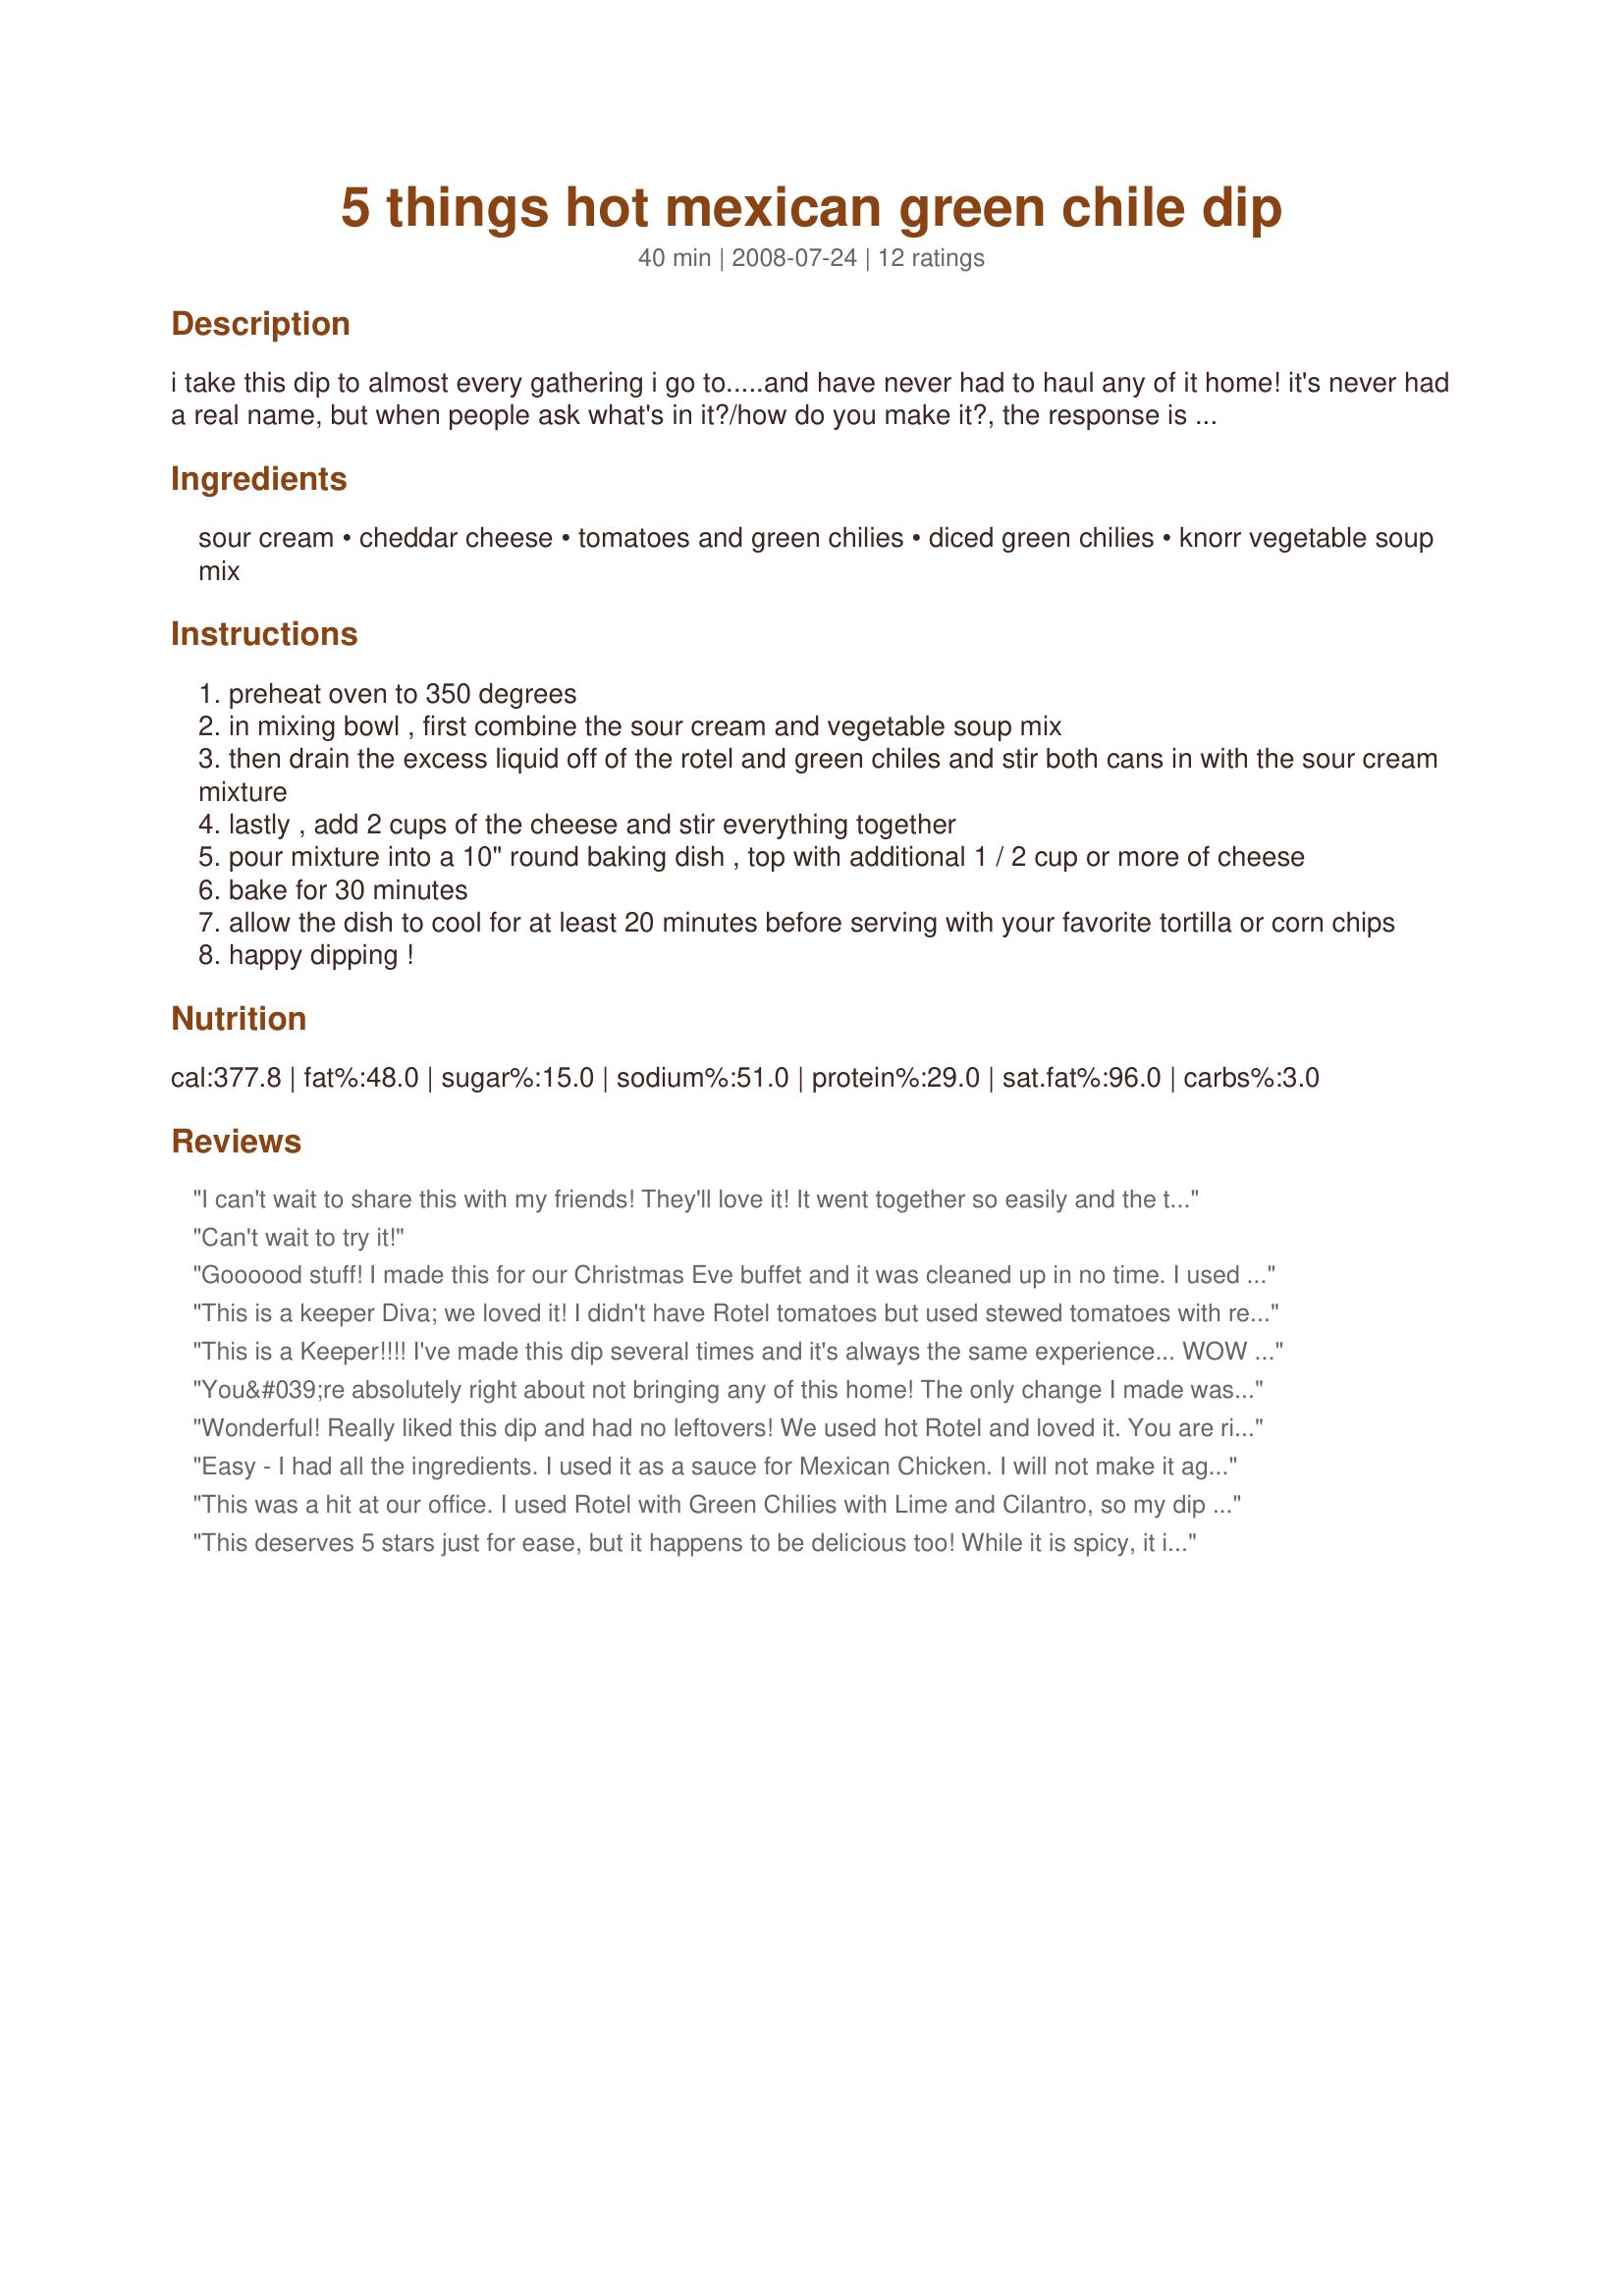
5 things hot mexican green chile dip
Preparation time: 40 minutes

i take this dip to almost every gathering i go to.....and have never had to haul any of it home! it's never had a real name, but when people ask what's in it?/how do you make it?, the response is always the same: "it's so easy. five things and stir!".

you can actually add additional items like diced jalapenos, sliced black olives, etc to make it your own.....but the basic recipe is always a hit! i use the extra hot rotel to kick it up, but for those who prefer milder flavor, you can use the regular or even 'mild' rotel. i do highly recommend rotel (rather than any other brand of diced tomatoes w/chilis)...there's just something about the flavor that's very unique. enjoy!

Ingredients:
sour cream, cheddar cheese, tomatoes and green chilies, diced green chilies, knorr vegetable soup mix

Steps:
preheat oven to 350 degrees
in mixing bowl , first combine the sour cream and vegetable soup mix
then drain the excess liquid off of the rotel and green chiles and stir both cans in with the sour cream mixture
lastly , add 2 cups of the cheese and stir everything together
pour mixture into a 10" round baking dish , top with additional 1 / 2 cup or more of cheese
bake for 30 minutes
allow the dish to cool for at least 20 minutes before serving with your favorite tortilla or corn chips
happy dipping !

Reviews:
I can't wait to share this with my friends! They'll love it! It went together so easily and the taste was outstanding! I may add jalapenos or black olives next time, but wanted to try the recipe as written this time! Thanks, FolkDiva, for sharing!
Can't wait to try it!
Goooood stuff! I made this for our Christmas Eve buffet and it was cleaned up in no time. I used lite sour cream and cheese, too! My guests were looking for more. Thanks FolkDiva!
This is a keeper Diva; we loved it! I didn't have Rotel tomatoes but used stewed tomatoes with red pepper;it came out excellent. I cut the recipe in 1/2 for the 2 of us and served it for supper. I baked them in individuals ramequins, set them in a basket surrounded with Multigrain rounds tortillas. It was a fun meal. I added a few picture as the preparation progressed.I will add this to my Cookbook Best of Zaar. Thanks so much for posting; you made my husband VERY happy.
Made this for ZWT5.
Rita
This is a Keeper!!!! I've made this dip several times and it's always the same experience... WOW can I have this recipe before I go.It always pleases and is so easy to make so if your looking for something to bring on the compliments give this dip a try!!! And enjoy!!!
You&#039;re absolutely right about not bringing any of this home! The only change I made was to use low-fat sour cream to try to cut down the calories a tad. Everyone loved it and lots of folks wanted the recipe. By the way, either use a particularly strong tortilla chip or go for some kind of cracker -- the more flimsy chips won&#039;t survive the dipping!
Wonderful! Really liked this dip and had no leftovers! We used hot Rotel and loved it. You are right that Rotel is key to this recipe. Made for ZWT5 Zingo-Genies of Gourmet!
Easy - I had all the ingredients. I used it as a sauce for Mexican Chicken. I will not make it again - I am a Texan, and this is not really what I was hoping for. It needed jalape&ntilde;os and maybe 1/2 cream cheese and 1/2 sour cream for better dip texture. I think the soup mix was also too bland - I will have to figure out how to bump it up a bit. But it was a fun dinner and everyone was excited to see something new.
This was a hit at our office. I used Rotel with Green Chilies with Lime and Cilantro, so my dip was not very hot; my co-workers put it in tortilla scoopers "with a hint of jalapeno", which set off the dip very nicely, and cowards used white corn tortilla chips. Personally, I would prefer more of a nacho cheese taste, sour cream is not my favorite; but my co-workers were delighted, and said it was even good cold. Made for the Bodacious Brickhouse Babes for ZWT5.
This deserves 5 stars just for ease, but it happens to be delicious too! While it is spicy, it is something that everyone seems to enjoy (hot or cold). I will be making this often. Made for ZWT5 Zingo Picks by a Groovy GastroGnome.
Made for NYE. Was a big hit! Everyone kept asking what was in it.
This was a hit with my DH and DS! They liked it so much that they pigged out on it and didn't have much room left for the main course. We'll be making this again at the request of both of them. Thanks FolkDiva. Made for ZWT5.
